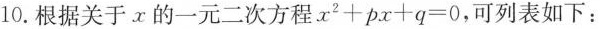
10. 根据关于x的一元二次方程 $$x^{2} + p x + q = 0$$，可列表如下：